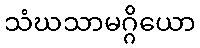
သံဃသာမဂ္ဂိယော